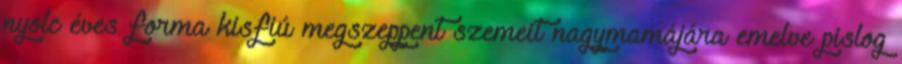
nyolc éves forma kisfiú megszeppent szemeit nagymamájára emelve pislog